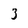
Character: 3